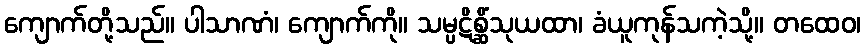
ကျောက်တို့သည်။ ပါသာဏံ၊ ကျောက်ကို။ သမ္ပဋိစ္ဆိံသုယထာ၊ ခံယူကုန်သကဲ့သို့။ တထေဝ၊